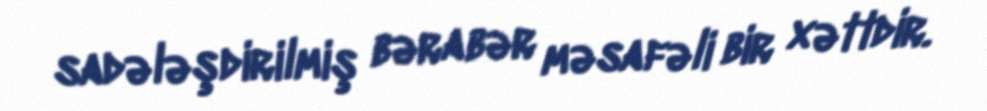
sadələşdirilmiş bərabər məsafəli bir xəttdir.